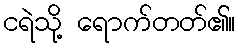
ငရဲသို့ ရောက်တတ်၏။